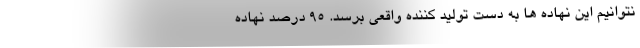
نتوانیم این نهاده ها به دست تولید کننده واقعی برسد. ۹۵ درصد نهاده